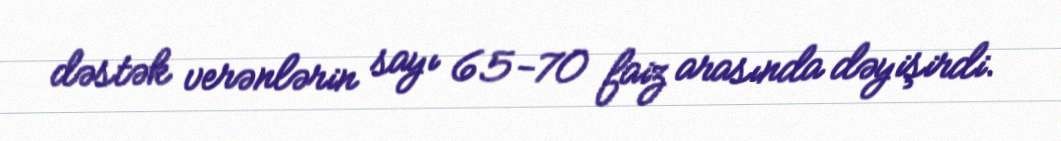
dəstək verənlərin sayı 65-70 faiz arasında dəyişirdi.